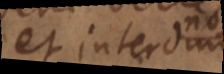
sed interdum